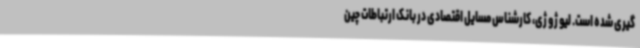
گیری شده است. لیو ژو ژی، کارشناس مسایل اقتصادی در بانک ارتباطات چین